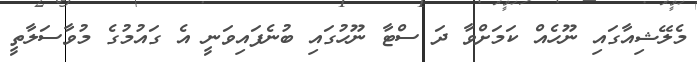
މެލޭޝިއާގައި ނޫހެއް ކަމަށްވާ ދަ ސްޓާ ނޫހުގައި ބުނެފައިވަނީ އެ ގައުމުގެ މުވާސަލާތީ